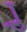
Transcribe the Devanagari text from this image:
र्‍ाु